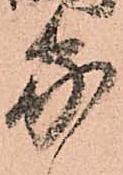
家